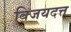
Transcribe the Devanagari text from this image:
विजयदत्त